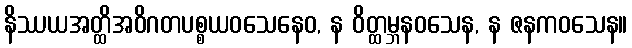
နိဿယအတ္ထိအဝိဂတပစ္စယဝသေနေဝ, န ဝိတ္ထမ္ဘနဝသေန, န ဇနကဝသေန။